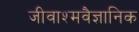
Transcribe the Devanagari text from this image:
जीवाश्मवैज्ञानिक